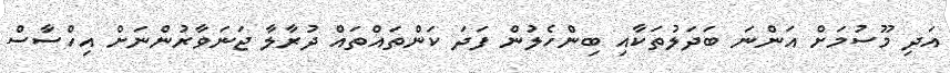
އަދި މޫސުމަށް އަންނަ ބަދަލުތަކާއި ބިންހެލުން ފަދަ ކަންތައްތައް ދުރާލާ ޖަނަވާރުންނަށް އިހްސާސް